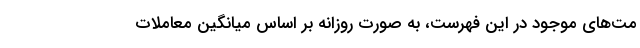
مت‌های موجود در این فهرست، به صورت روزانه بر اساس میانگین معاملات